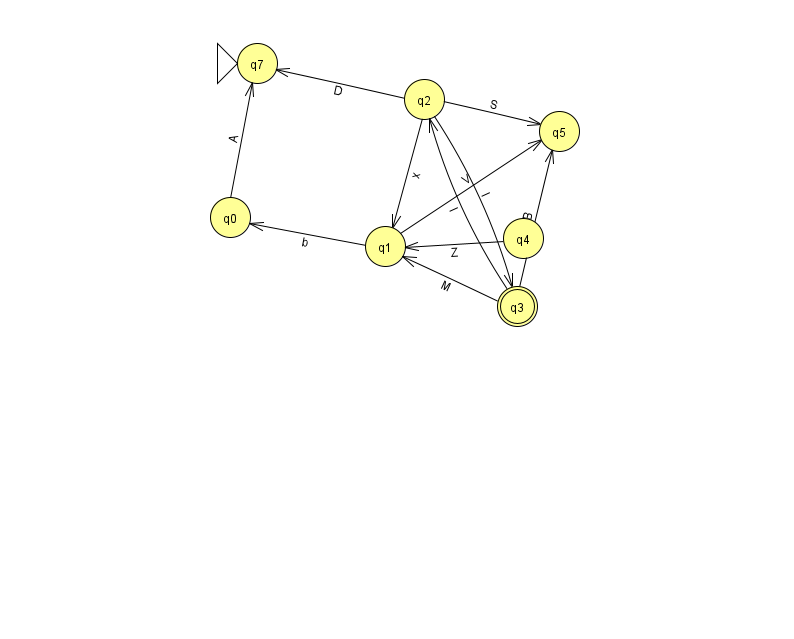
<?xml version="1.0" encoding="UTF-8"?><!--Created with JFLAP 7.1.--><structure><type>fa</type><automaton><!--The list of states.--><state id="0" name="q0"><x>230.0</x><y>204.0</y></state><state id="1" name="q1"><x>385.0</x><y>233.0</y></state><state id="2" name="q2"><x>424.0</x><y>86.0</y></state><state id="3" name="q3"><x>517.0</x><y>293.0</y><final/></state><state id="4" name="q4"><x>523.0</x><y>225.0</y></state><state id="5" name="q5"><x>559.0</x><y>118.0</y></state><state id="7" name="q7"><x>257.0</x><y>50.0</y><initial/></state><!--The list of transitions.--><transition><from>2</from><to>1</to><read>x</read></transition><transition><from>4</from><to>1</to><read>Z</read></transition><transition><from>3</from><to>1</to><read>M</read></transition><transition><from>3</from><to>5</to><read>B</read></transition><transition><from>2</from><to>5</to><read>S</read></transition><transition><from>2</from><to>3</to><read>l</read></transition><transition><from>1</from><to>5</to><read>V</read></transition><transition><from>2</from><to>7</to><read>D</read></transition><transition><from>0</from><to>7</to><read>A</read></transition><transition><from>3</from><to>2</to><read>I</read></transition><transition><from>1</from><to>0</to><read>b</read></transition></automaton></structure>